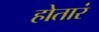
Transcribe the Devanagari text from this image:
होतारं